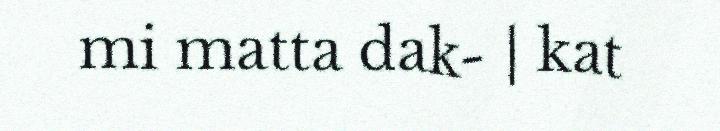
mi matta dak- | kat